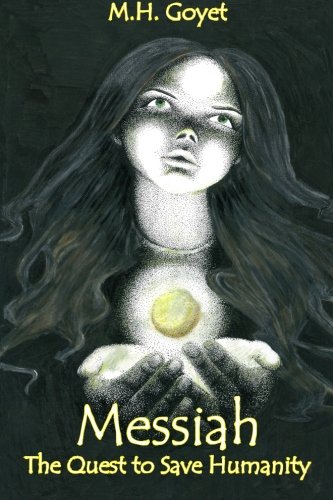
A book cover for Messiah: The Quest to Save Humanity; M. H. Goyet; Christian Books & Bibles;